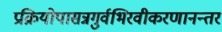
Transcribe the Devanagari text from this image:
प्रक्रियोपासन्नगुर्वभिरवीकरणानन्तरं